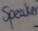
Text: speaker